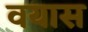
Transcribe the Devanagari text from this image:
वयास